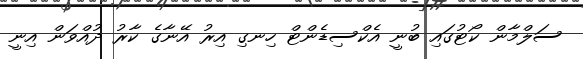
ސަލްމާން ކޯޓުގައި ބުނީ އެކްސިޑެންޓް ހިނގި އިރު އޭނާގެ ކާރު ދުއްވަން އިނީ